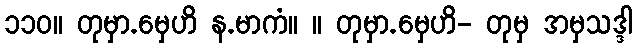
၁၁၀။ တုမှာ.မှေဟိ န.မာကံ။ ။ တုမှာ.မှေဟိ- တုမှ အမှသဒ္ဒါ